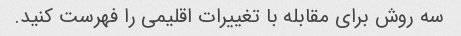
سه روش برای مقابله با تغییرات اقلیمی را فهرست کنید.